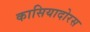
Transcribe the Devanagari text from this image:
कासियादोरस